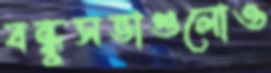
বন্ধুসভাগুলোও